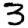
Digit: 3